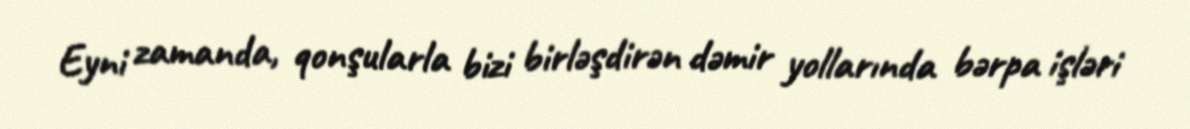
Eyni zamanda, qonşularla bizi birləşdirən dəmir yollarında bərpa işləri